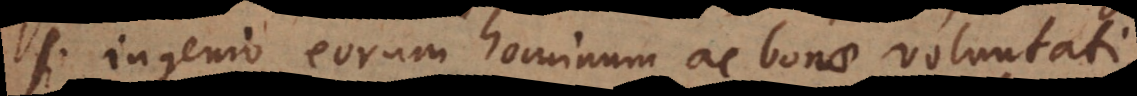
si ingenio eorum hominum ac bonae voluntati,